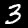
Digit: 3